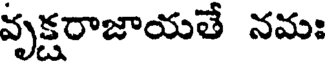
వృక్షరాజాయతే నమః